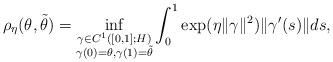
LaTeX: \begin{align*} \rho_\eta (\theta, \tilde{\theta}) = \inf_{\substack{\gamma \in C^{1}([0,1]; H)\\ \gamma(0) = \theta, \gamma(1) =\tilde{\theta} }} \int_0^1 \exp(\eta \|\gamma\|^2) \| \gamma'(s) \| ds, \end{align*}